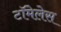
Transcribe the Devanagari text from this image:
टॉमेलेस